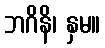
ဘဂိနိ၊ နှမ။